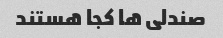
صندلی ها کجا هستند